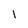
Character: I